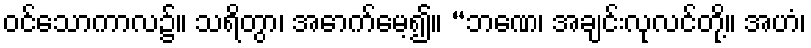
ဝင်သောကာလ၌။ သရိတွာ၊ အောက်မေ့၍။ “ဘဏေ၊ အချင်းလုလင်တို့။ အဟံ၊